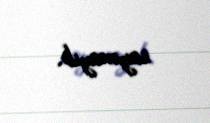
saymayıb.